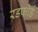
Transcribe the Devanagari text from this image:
रडफोर्ड